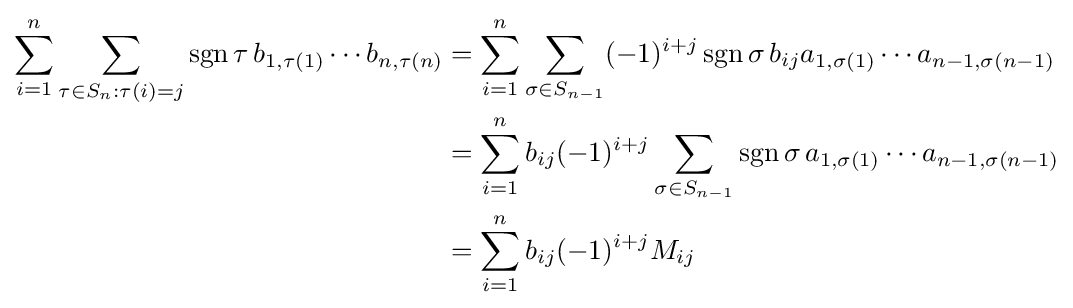
{\begin{aligned}\sum _{i=1}^{n}\sum _{\tau \in S_{n}:\tau (i)=j}\operatorname {sgn} \tau \,b_{1,\tau (1)}\cdots b_{n,\tau (n)}&=\sum _{i=1}^{n}\sum _{\sigma \in S_{n-1}}(-1)^{i+j}\operatorname {sgn} \sigma \,b_{ij}a_{1,\sigma (1)}\cdots a_{n-1,\sigma (n-1)}\\&=\sum _{i=1}^{n}b_{ij}(-1)^{i+j}\sum _{\sigma \in S_{n-1}}\operatorname {sgn} \sigma \,a_{1,\sigma (1)}\cdots a_{n-1,\sigma (n-1)}\\&=\sum _{i=1}^{n}b_{ij}(-1)^{i+j}M_{ij}\end{aligned}}